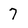
Character: 7